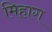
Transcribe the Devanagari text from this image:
मिहाग